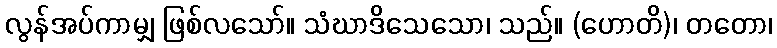
လွန်အပ်ကာမျှ ဖြစ်လသော်။ သံဃာဒိသေသော၊ သည်။ (ဟောတိ)၊ တတော၊